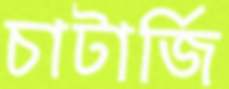
চাটার্জি